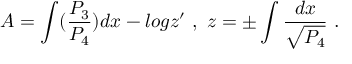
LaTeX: A = \int ( { \frac { P _ { 3 } } { P _ { 4 } } } ) d x - l o g z ^ { \prime } \ , \ z = \pm \int { \frac { d x } { \sqrt { P _ { 4 } } } } \ .